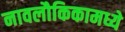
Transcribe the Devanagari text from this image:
नावलौकिकामध्ये